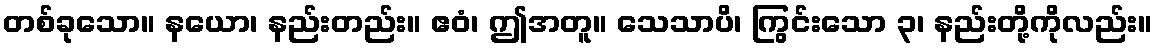
တစ်ခုသော။ နယော၊ နည်းတည်း။ ဧဝံ၊ ဤအတူ။ သေသာပိ၊ ကြွင်းသော ၃၊ နည်းတို့ကိုလည်း။